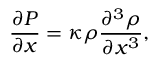
\frac { \partial P } { \partial x } = \kappa \rho \frac { \partial ^ { 3 } \rho } { \partial x ^ { 3 } } ,